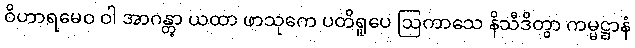
ဝိဟာရမေဝ ဝါ အာဂန္တွာ ယထာ ဖာသုကေ ပတိရူပေ ဩကာသေ နိသီဒိတွာ ကမ္မဋ္ဌာနံ